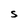
Character: S